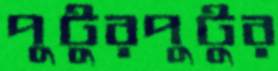
পুটুরপুটুর